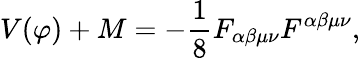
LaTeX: V(\varphi)+M=-\frac{1}{8}F_{\alpha\beta\mu\nu}F^{\alpha\beta\mu\nu},